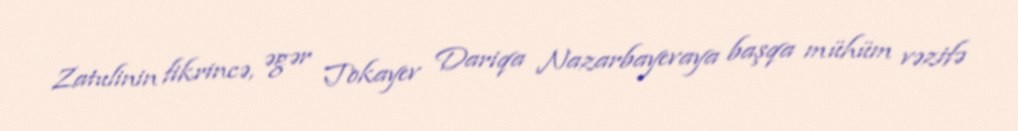
Zatulinin fikrincə, əgər Tokayev Dariqa Nazarbayevaya başqa mühüm vəzifə